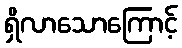
ရှိလာသောကြောင့်